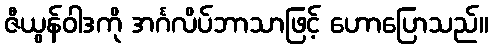
ဇီယွန်ဝါဒကို အင်္ဂလိပ်ဘာသာဖြင့် ဟောပြောသည်။